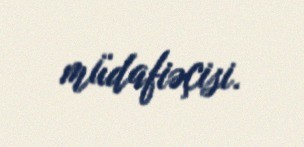
müdafiəçisi.